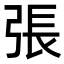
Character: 張